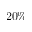
2 0 \%